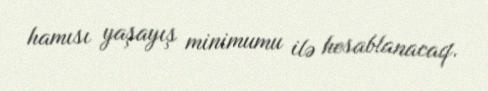
hamısı yaşayış minimumu ilə hesablanacaq.